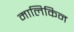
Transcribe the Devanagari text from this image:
मालिकिन